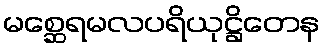
မစ္ဆေရမလပရိယုဋ္ဌိတေန